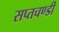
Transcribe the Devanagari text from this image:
सप्तचण्डी